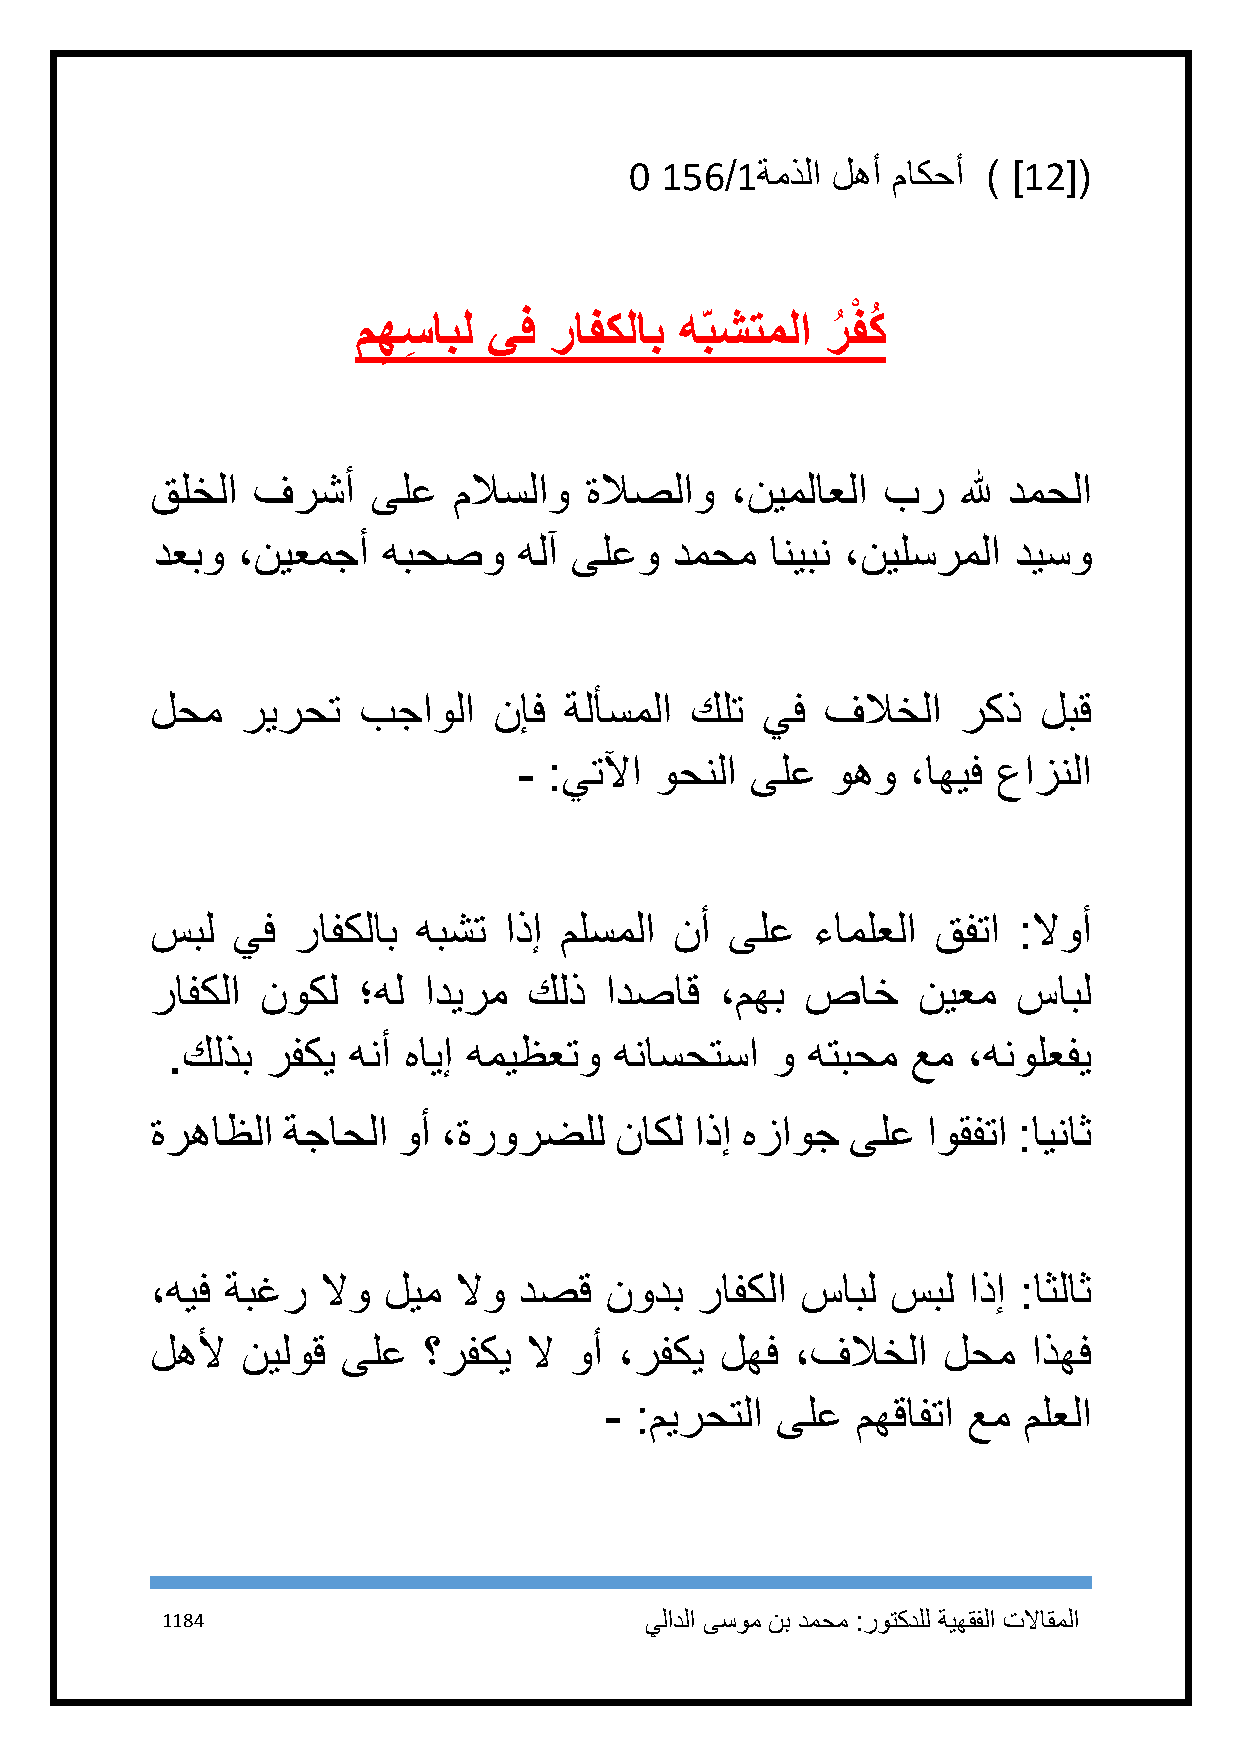
1 156/1ةمذلا لهأ ماكحأ ) ]12[(
 ْ
 مه
 ِ
 سِ ابل يف رافكلاب  ه ِبشتملا ر
 ُ
 فكُ
 قلخلا  فرشأ    ىلع  ملاسلاو  ةلاصلاو  ،نيملاعلا بر    لله دمحلا
 دعبو  ،نيعمجأ  هبحصو    هلآ ىلعو   دمحم  انيبن ،نيلسرملا ديسو
 لحم   ريرحت   بجاولا   نإف ةلأسملا  كلت يف   فلاخلا   ركذ  لبق
 - :يتلآا وحنلا  ىلع  وهو  ،اهيف عازنلا
 سبل  يف  رافكلاب  هبشت اذإ ملسملا  نأ ىلع   ءاملعلا قفتا :لاوأ
 رافكلا نوكل   ؛هل اديرم  كلذ  ادصاق   ،مهب صاخ     نيعم  سابل
 .كلذب  رفكي هنأ هايإ هميظعتو  هناسحتسا  و هتبحم  عم  ،هنولعفي
 ةرهاظلا  ةجاحلا وأ ،ةرورضلل    ناكل اذإ هزاوج ىلع  اوقفتا :ايناث
 ،هيف ةبغر  لاو ليم  لاو دصق   نودب  رافكلا سابل  سبل  اذإ :اثلاث
 لهلأ  نيلوق  ىلع  ؟رفكي  لا وأ ،رفكي  لهف  ،فلاخلا  لحم   اذهف
 - :ميرحتلا ىلع   مهقافتا عم ملعلا
 1184                            يلادلا ىسوم نب دمحم :روتكدلل ةيهقفلا تلااقملا